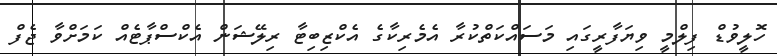
ހޮލީވުޑް ފިލްމީ ވިޔަފާރީގައި މަސައްކަތްކުރާ އެމެރިކާގެ އެކްޒިބިޓާ ރިލޭޝަން އެކްސްޕާޓެއް ކަމަށްވާ ޖެފް